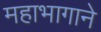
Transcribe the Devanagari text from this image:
महाभागाने